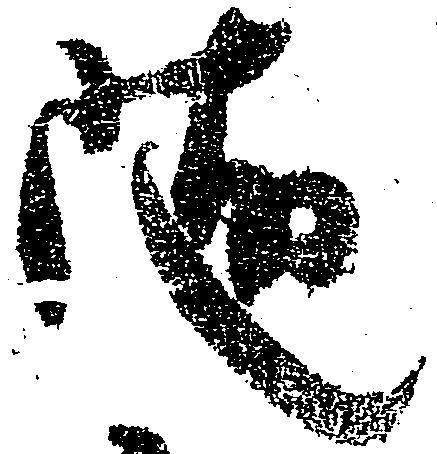
随